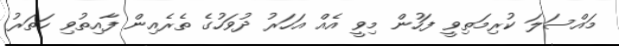
މައްސަލަ ކުރިމަތިވީ ފަހުން މިވީ އެއް އަހަރު ދުވަހުގެ ތެރެއިން ފާއިތުވި ހަތަރު